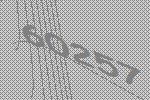
60257